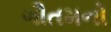
ગૌતમનો